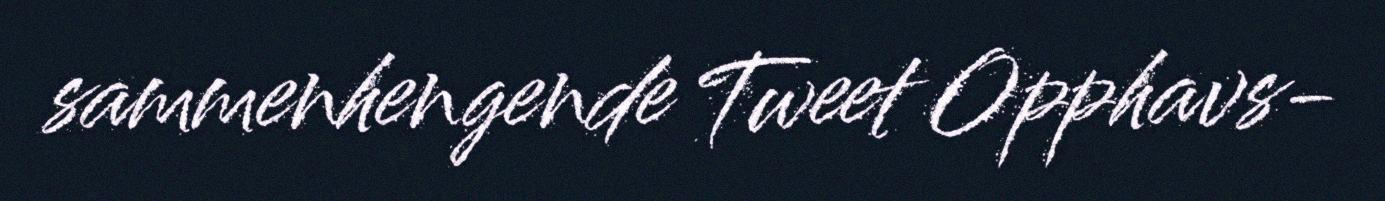
sammenhengende Tweet Opphavs-